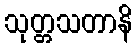
သုတ္တသတာနိ